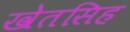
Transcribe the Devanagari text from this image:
खेतसिह